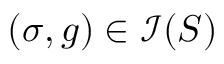
( \sigma , g ) \in \mathcal { I } ( S )